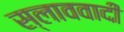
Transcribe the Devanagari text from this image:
स्लाववादी